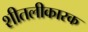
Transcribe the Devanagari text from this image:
शीतलीकारक